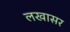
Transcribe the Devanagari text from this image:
लखासर